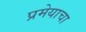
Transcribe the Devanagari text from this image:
प्रमेयाचा